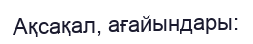
Ақсақал, ағайындары: